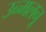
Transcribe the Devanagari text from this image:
उन्मलनू